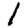
Digit: 1